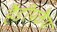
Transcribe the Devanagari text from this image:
हैंडीपकैप